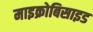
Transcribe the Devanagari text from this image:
माइक्रोबिसाइड